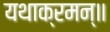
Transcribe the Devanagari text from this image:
यथाक्रमन्॥